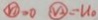
\textcircled { v _ { 1 } } > 0 \textcircled { v _ { 2 } } = U _ { 0 }